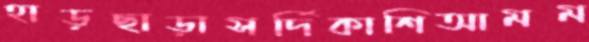
হাড়ছাড়াসর্দিকাশিআমম